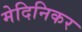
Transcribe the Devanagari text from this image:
मेदिनिकर